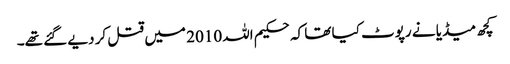
کچھ میڈیا نے رپوٹ کیا تھا کہ حکیم اللہ 2010 میں قتل کر دیے گئے تھے۔